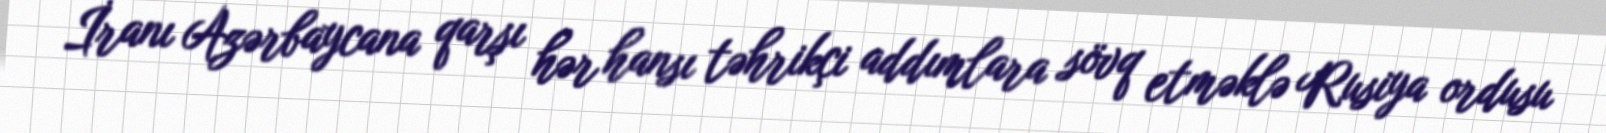
İranı Azərbaycana qarşı hər hansı təhrikçi addımlara sövq etməklə Rusiya ordusu